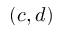
( c , d )